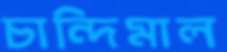
চান্দিমাল